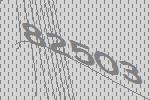
82503